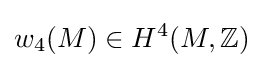
w_{4}(M)\in H^{4}(M,\mathbb {Z} )